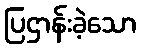
ပြဌာန်းခဲ့သော